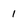
Character: i